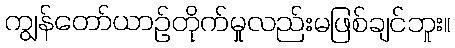
ကျွန်တော်ယာဉ်တိုက်မှုလည်းမဖြစ်ချင်ဘူး။